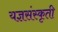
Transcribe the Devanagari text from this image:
यज्ञसंस्कृती